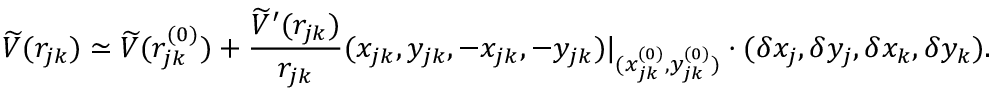
\widetilde { V } ( r _ { j k } ) \simeq \widetilde { V } ( r _ { j k } ^ { ( 0 ) } ) + \frac { \widetilde { V } ^ { \prime } ( r _ { j k } ) } { r _ { j k } } ( x _ { j k } , y _ { j k } , - x _ { j k } , - y _ { j k } ) | _ { ( x _ { j k } ^ { ( 0 ) } , y _ { j k } ^ { ( 0 ) } ) } \cdot ( \delta x _ { j } , \delta y _ { j } , \delta x _ { k } , \delta y _ { k } ) .